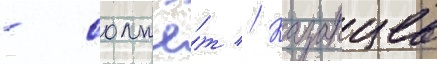
- солжё́т // Казанцев